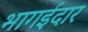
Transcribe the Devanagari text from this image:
भागईदार